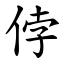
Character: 侼